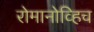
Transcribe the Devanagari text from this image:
रोमानोव्हिच